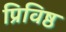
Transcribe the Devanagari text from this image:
प्रिविष्ठ